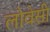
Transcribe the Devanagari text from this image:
लोवेसी